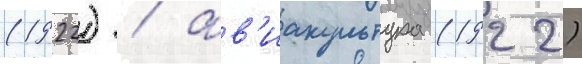
(1922) / ав'иакультура (1922)